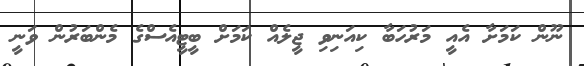
ނޫން ކަމަށާ އެއީ މަރުހަބާ ކިއަނިވި ޖީލެއް ކަމަށް ބީޓީއެސްގެ މެންބަރުން ވަނީ